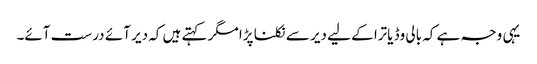
یہی وجہ ہے کہ بالی وڈ یاترا کے لیے دیر سے نکلنا پڑا مگر کہتے ہیں کہ دیر آئے درست آئے۔